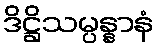
ဒိဋ္ဌိသမ္ပန္နာနံ